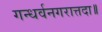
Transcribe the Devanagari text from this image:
गन्धर्वनगरात्तदा॥